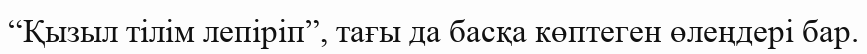
“Қызыл тілім лепіріп”, тағы да басқа көптеген өлеңдері бар.